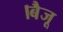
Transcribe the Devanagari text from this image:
।बैजू